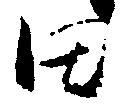
田